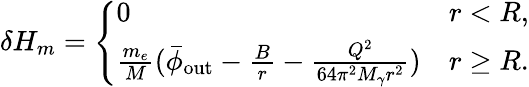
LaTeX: \delta H_{m}=\left\{ \begin{array}{ll}{0}&{r<R,}\\ {\frac{m_{e}}{M}(\bar{\phi}_{\mathrm{out}}-\frac{B}{r}-\frac{Q^{2}}{64\pi^{2}M_{\gamma}r^{2}})}&{r\geq R.}\end{array}\right.